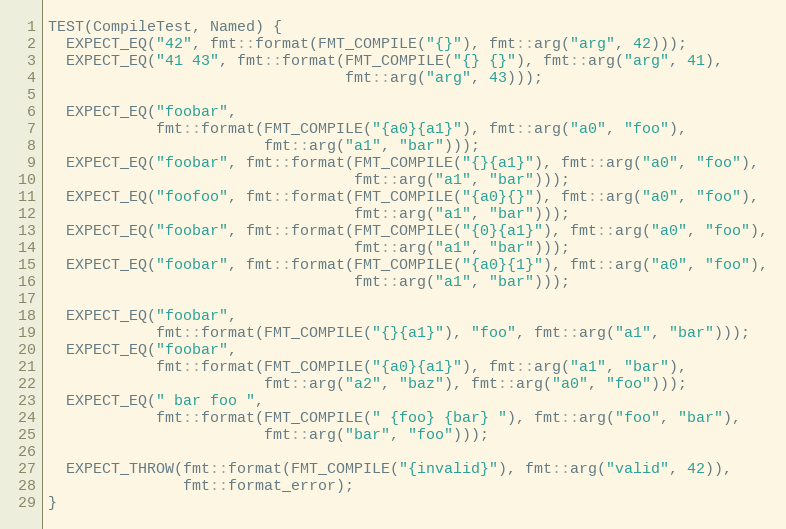
Language: C++
TEST(CompileTest, Named) {
  EXPECT_EQ("42", fmt::format(FMT_COMPILE("{}"), fmt::arg("arg", 42)));
  EXPECT_EQ("41 43", fmt::format(FMT_COMPILE("{} {}"), fmt::arg("arg", 41),
                                 fmt::arg("arg", 43)));

  EXPECT_EQ("foobar",
            fmt::format(FMT_COMPILE("{a0}{a1}"), fmt::arg("a0", "foo"),
                        fmt::arg("a1", "bar")));
  EXPECT_EQ("foobar", fmt::format(FMT_COMPILE("{}{a1}"), fmt::arg("a0", "foo"),
                                  fmt::arg("a1", "bar")));
  EXPECT_EQ("foofoo", fmt::format(FMT_COMPILE("{a0}{}"), fmt::arg("a0", "foo"),
                                  fmt::arg("a1", "bar")));
  EXPECT_EQ("foobar", fmt::format(FMT_COMPILE("{0}{a1}"), fmt::arg("a0", "foo"),
                                  fmt::arg("a1", "bar")));
  EXPECT_EQ("foobar", fmt::format(FMT_COMPILE("{a0}{1}"), fmt::arg("a0", "foo"),
                                  fmt::arg("a1", "bar")));

  EXPECT_EQ("foobar",
            fmt::format(FMT_COMPILE("{}{a1}"), "foo", fmt::arg("a1", "bar")));
  EXPECT_EQ("foobar",
            fmt::format(FMT_COMPILE("{a0}{a1}"), fmt::arg("a1", "bar"),
                        fmt::arg("a2", "baz"), fmt::arg("a0", "foo")));
  EXPECT_EQ(" bar foo ",
            fmt::format(FMT_COMPILE(" {foo} {bar} "), fmt::arg("foo", "bar"),
                        fmt::arg("bar", "foo")));

  EXPECT_THROW(fmt::format(FMT_COMPILE("{invalid}"), fmt::arg("valid", 42)),
               fmt::format_error);
}